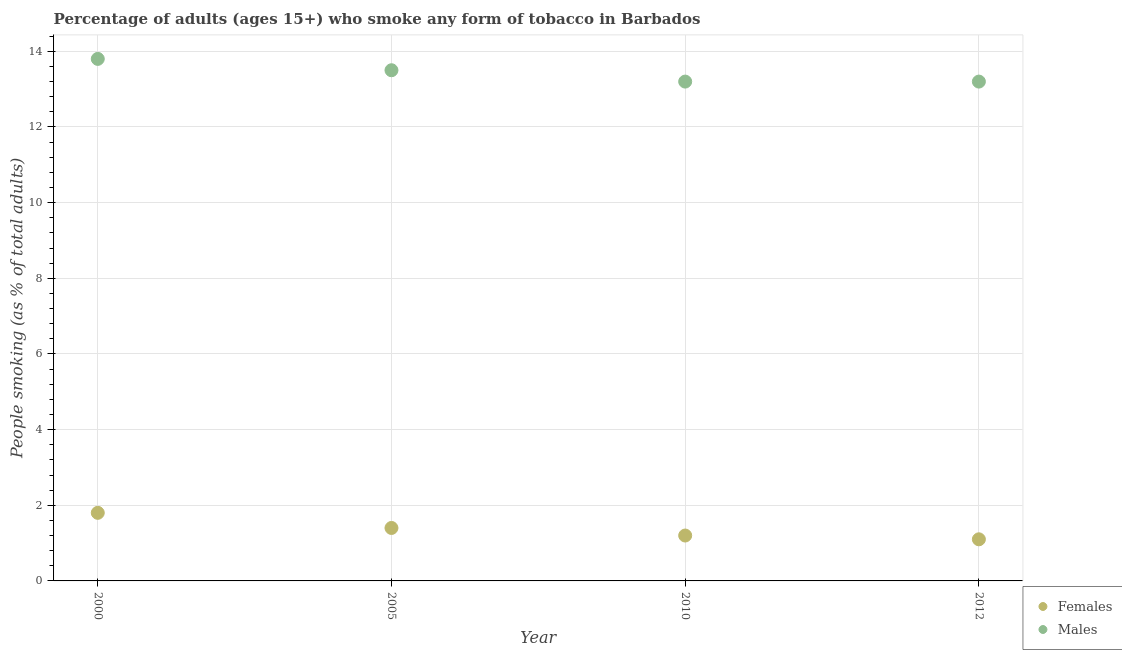
| Year | Females | Males |
 | --- | --- | --- |
 | 2000 | 1.8 | 13.8 |
 | 2005 | 1.4 | 13.5 |
 | 2010 | 1.2 | 13.2 |
 | 2012 | 1.1 | 13.2 |